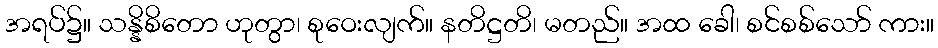
အရပ်၌။ သန္နိစိတော ဟုတွာ၊ စုဝေးလျက်။ နတိဋ္ဌတိ၊ မတည်။ အထ ခေါ၊ စင်စစ်သော် ကား။